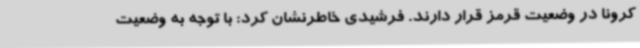
کرونا در وضعیت قرمز قرار دارند. فرشیدی خاطرنشان کرد: با توجه به وضعیت